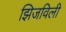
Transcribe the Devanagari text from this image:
झिजविली